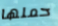
حملها